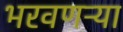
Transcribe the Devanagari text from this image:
भरवणऱ्या